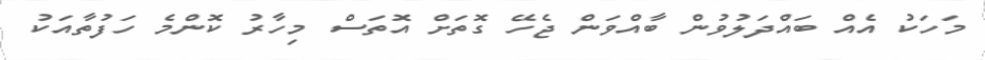
މަހަކު އެއް ބައްދަލުވުން ބާއްވަން ޖެހޭ ގޮތަށް އޮތަސް މިހާރު ކޮންމެ ހަފުތާއަކު